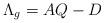
LaTeX: \begin{align*} \Lambda_{g} = AQ-D \end{align*}